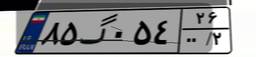
۹۱گ۶۹۸۸۸